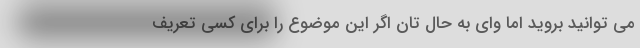
می توانید بروید اما وای به حال تان اگر این موضوع را برای کسی تعریف